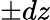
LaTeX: \pm dz